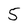
Character: 5